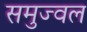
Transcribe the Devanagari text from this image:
समुज्वल